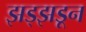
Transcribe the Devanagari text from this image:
झड्झडून